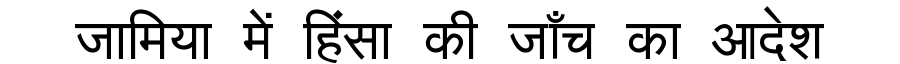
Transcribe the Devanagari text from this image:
जामिया में हिंसा की जाँच का आदेश